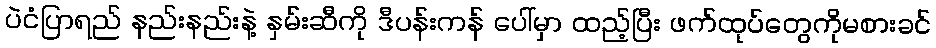
ပဲငံပြာရည် နည်းနည်းနဲ့ နှမ်းဆီကို ဒီပန်းကန် ပေါ်မှာ ထည့်ပြီး ဖက်ထုပ်တွေကိုမစားခင်